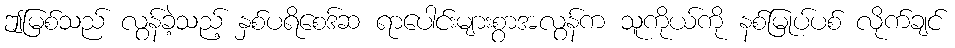
ဤမြစ်သည် လွန်ခဲ့သည့် နှစ်ပရိစေဒ်ဆ ရာပေါင်းများစွာအလွန်က သူကိုယ်ကို နစ်မြုပ်ပစ် လိုက်ချင်